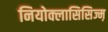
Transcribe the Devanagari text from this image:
नियोक्लासिसिज्म़